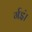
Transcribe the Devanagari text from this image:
र्गइं।